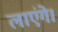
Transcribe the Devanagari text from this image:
लाएंगे।